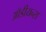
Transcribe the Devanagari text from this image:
ऑडीयन्स